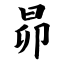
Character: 昴